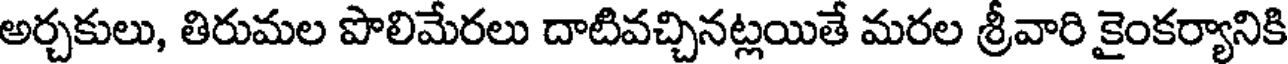
అర్చకులు, తిరుమల పొలిమేరలు దాటివచ్చినట్లయితే మరల శ్రీవారి కైంకర్యానికి